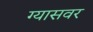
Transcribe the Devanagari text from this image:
ग्यासवर